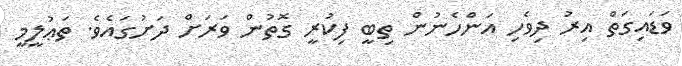
ވަޑައިގަތް އިރު ދިވެހި އަންހެނުން ތިބީ ފިކުރީ ގޮތުން ވަރަށް ދަށުގައެވެ. ތަޢުލީމީ